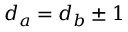
d _ { a } = d _ { b } \pm 1